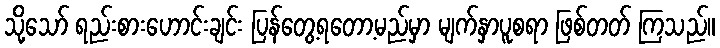
သို့သော် ရည်းစားဟောင်းချင်း ပြန်တွေ့ရတော့မည်မှာ မျက်နှာပူစရာ ဖြစ်တတ် ကြသည်။